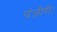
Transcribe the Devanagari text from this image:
पंजीरी।